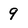
Character: 9